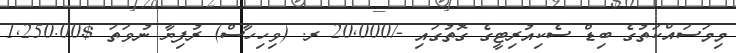
މިމަސައްކަތުގެ ބިޑް ސެކިއުރިޓީގެ ގޮތުގައި -/20